Civil Veterinary Department Bihar & Orissa reports 1922-29 - 1922-1929
Year: 1922
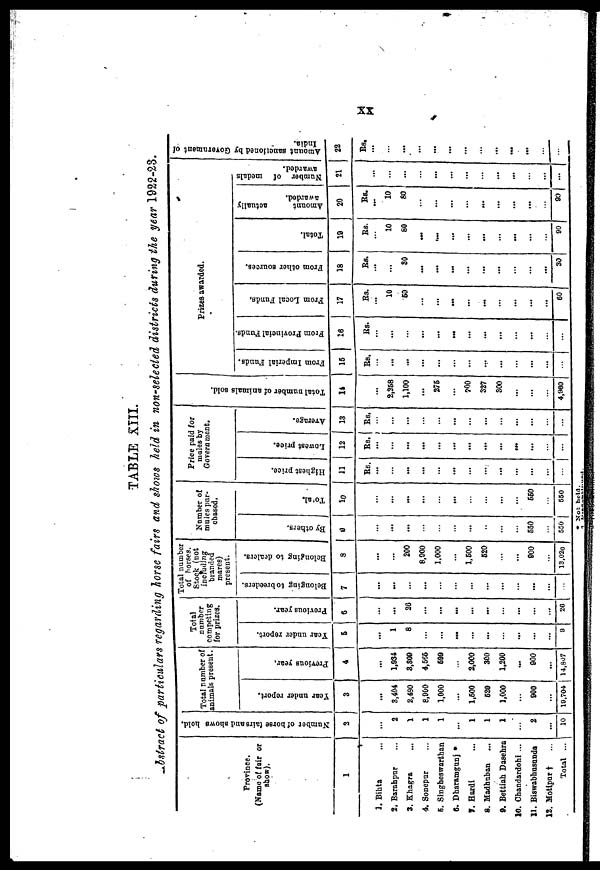
TABLE XIII.
Abstract of particulars regarding horse fairs and shows held in non-selected districts during the year 1922-23.
Province.
(Name of fair or
show).
1
1. Bihta ...
2. Barahpar ...
3. Khagra ...
4. Sonepur ...
5. Singbeswarthan
6. Dharamganj
7. Hardi ...
8. Madhuban ...
9. Bettiah Dasehra
10. Chandardohi ...
11. Biswabhusunda
12. Motipur † ...
Total ...
Number
of horse fairs and shows bold.
2
...
2
1
1
1
...
1
1
1
...
2
...
10
Total number of
animals present.
Year under report.
|
3
...
3,404
2,480
8,960
1,000
...
1,500
520
1,000
...
900
...
19,704
Previous year.
4
...
1,934
3,309
4,565
599
...
2,000
300
1,200
...
900
...
14,807
Total
number
competing
for prizes.
Year under report.
5
...
1
8
...
...
...
...
...
...
...
...
...
9
Previous year.
6
...
...
26
...
...
...
...
...
...
...
...
...
26
Total number
of horses.
Stock (not
including
branded
mares)
present.
Belonging to breeders.
7
...
...
...
...
...
...
...
...
...
...
...
...
...
Belonging to dealers,
3
...
...
200
8,900
1,000
...
1,500
520
...
...
900
...
13,026
Number of
mules pur-
chased.
By others.
9
...
...
...
...
...
...
...
...
...
...
550
...
550
Total.
10
...
...
...
...
...
...
...
...
...
...
550
...
550
Price paid for
males by
Government.
Highest price.
11
Rs.
...
...
...
...
...
...
...
...
...
...
...
...
...
Lowest price.
12
Rs.
...
...
...
...
...
...
...
...
...
...
...
...
...
Average.
13
Rs
...
...
...
...
...
...
...
...
...
...
...
...
...
Tot al number of animals sold.
14
Rs.
...
2,358
1,100
...
275
...
700
327
300
...
...
...
4,960
Prizes awarded.
From Imperial Funds.
15
Rs.
...
...
...
...
...
...
...
...
...
...
...
...
...
From Provincial Funds.
16
Rs.
...
...
...
...
...
...
...
...
...
...
...
...
...
From Local Funds,
17
Rs.
...
10
50
...
...
...
...
...
...
...
...
...
60
From other sources.
18
Rs.
...
...
30
...
...
...
...
...
...
...
...
...
30
Total.
19
Rs.
...
10
80
...
...
...
...
...
...
...
...
...
90
Amount
actually
awarded.
20
Rs.
...
10
80
...
...
...
...
...
...
...
...
...
90
awarded.
21
...
...
...
...
...
...
...
...
...
...
...
...
...
Amount sanctioned
by Government of
India.
22
Rs.
...
...
...
...
...
...
...
...
...
...
...
...
...